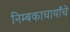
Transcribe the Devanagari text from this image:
निम्बकाचार्यांचे